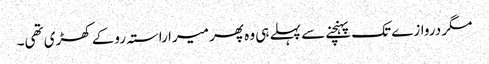
مگر دروازے تک پہنچنے سے پہلے ہی وہ پھر میرا راستہ روکے کھڑی تھی۔